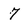
Character: 7